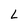
Character: L